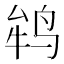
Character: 𱉲